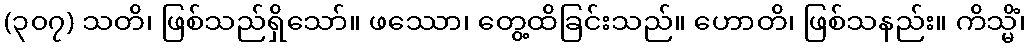
(၃၀၇) သတိ၊ ဖြစ်သည်ရှိသော်။ ဖဿော၊ တွေ့ထိခြင်းသည်။ ဟောတိ၊ ဖြစ်သနည်း။ ကိသ္မိံ၊